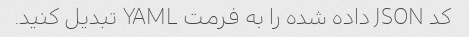
کد JSON داده شده را به فرمت YAML تبدیل کنید.